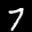
Label: 7